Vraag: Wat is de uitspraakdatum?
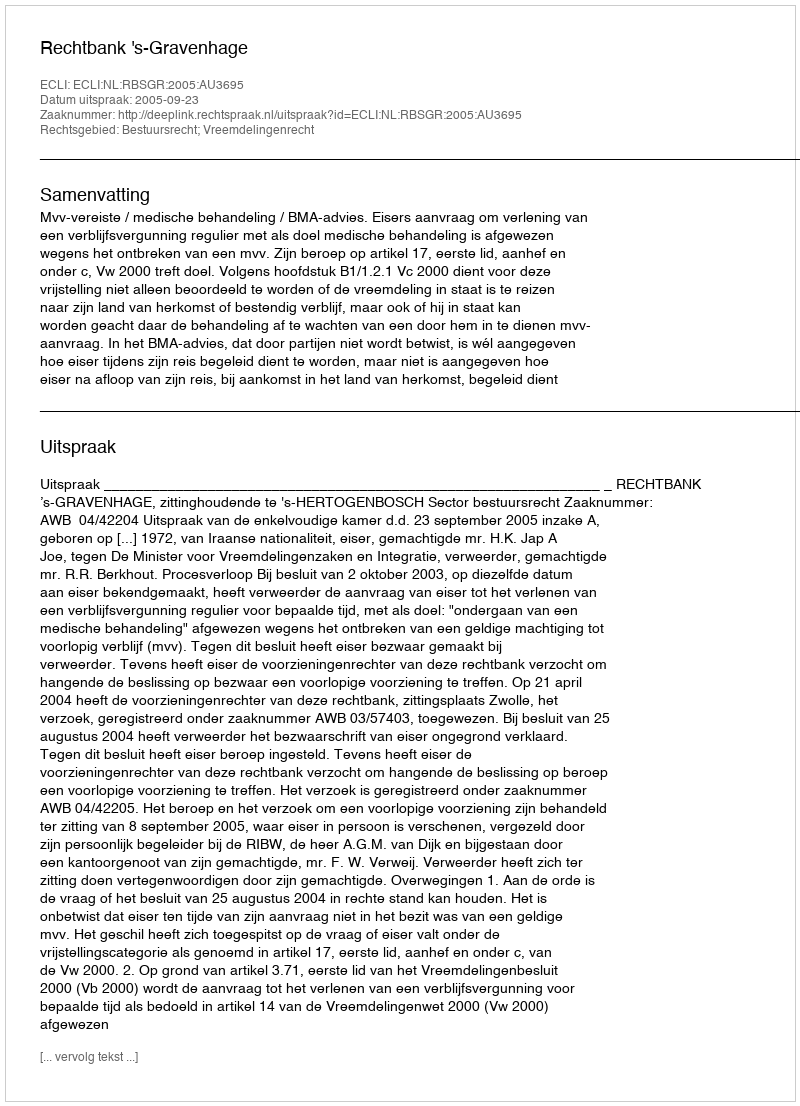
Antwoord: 2005-09-23